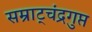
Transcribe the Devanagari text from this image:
सम्राट्चंद्रगुप्त